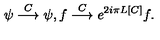
\psi \stackrel { C } { \longrightarrow } \psi , f \stackrel { C } { \longrightarrow } e ^ { 2 i \pi L [ C ] } f .